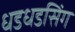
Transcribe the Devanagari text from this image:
धडधडसिंग